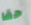
حقا